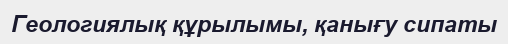
Геологиялық құрылымы, қанығу сипаты